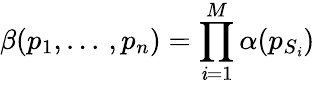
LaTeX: \beta(p_{1},...\, ,p_{n})=\prod_{\mathit{i}=1}^{M}\alpha(p_{S_{\mathit{i}}})